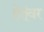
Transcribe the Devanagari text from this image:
हेतूंवर